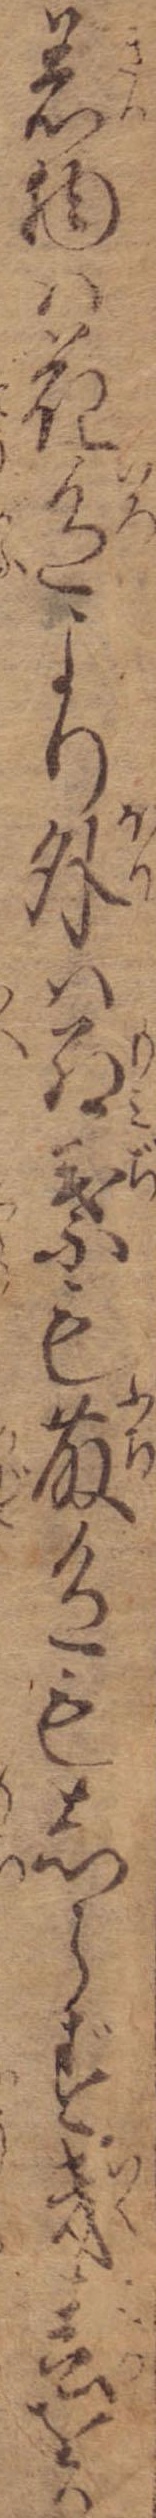
着物は花色より外は紅葉も藤色もしらず幾春をか